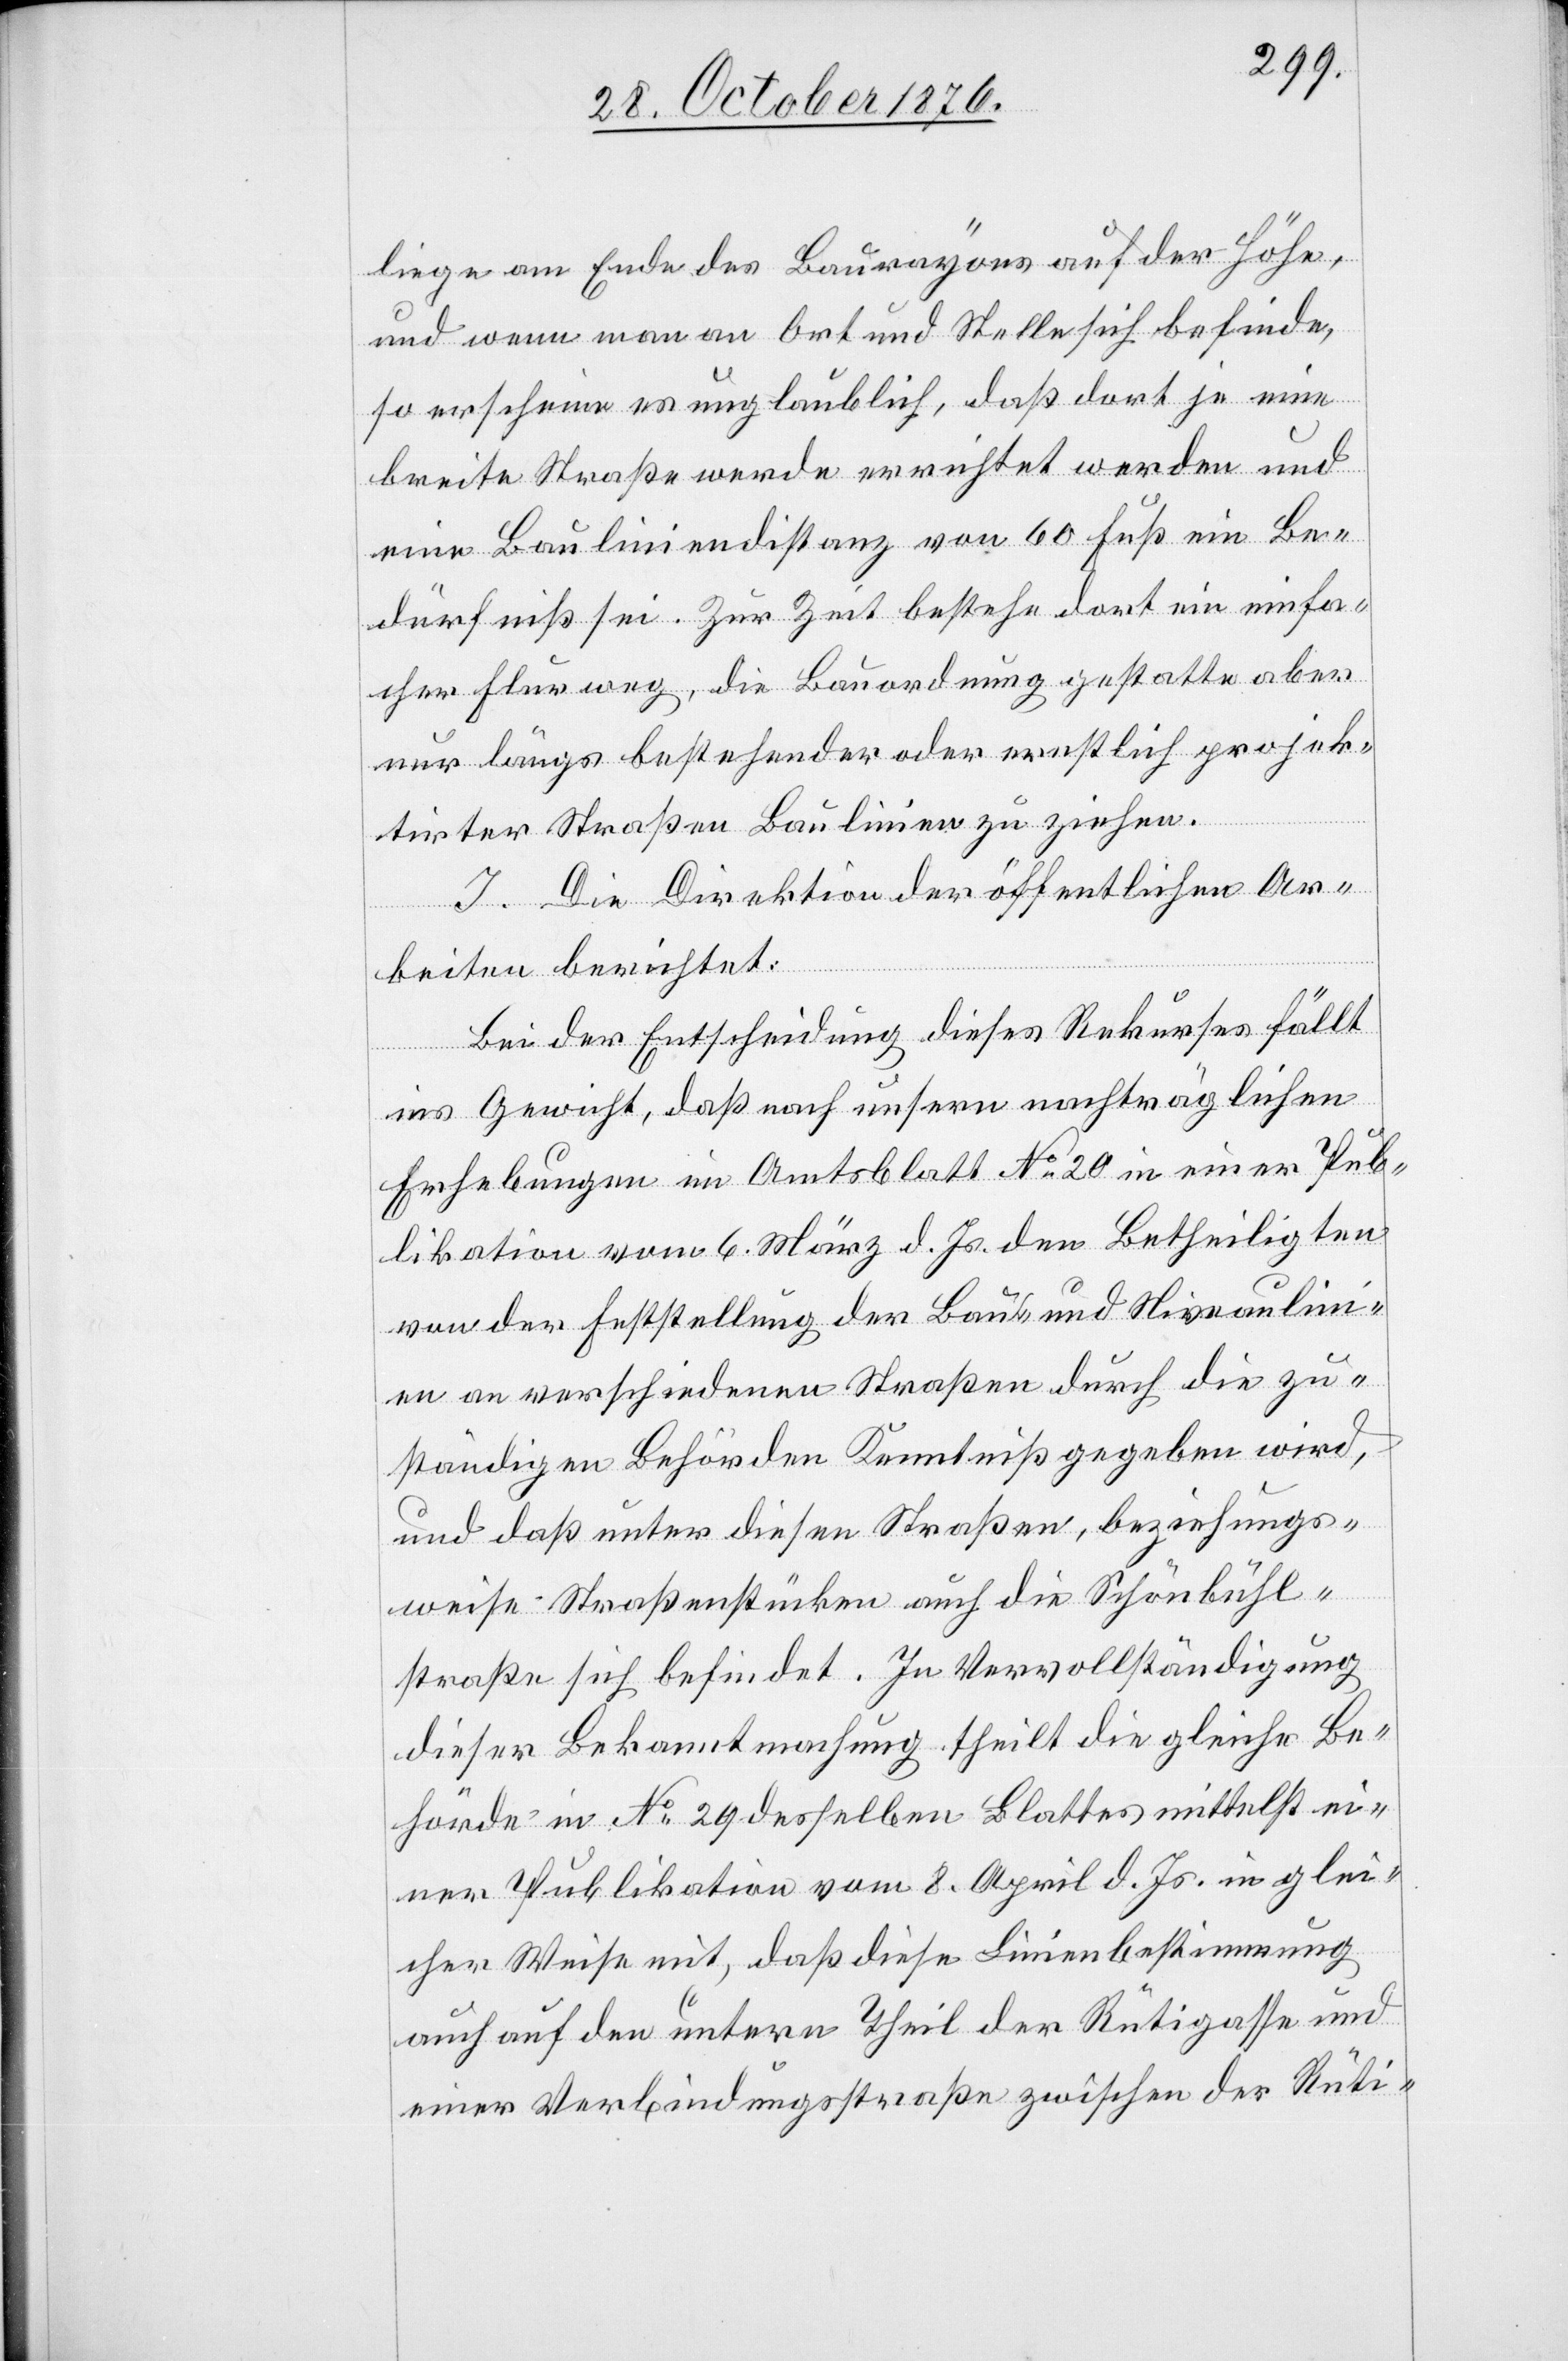
liege am Ende des Baurayons auf der Höhe,
und wenn man an Ort und Stelle sich befinde,
so erscheine es unglaublich, daß dort je eine
breite Straße werde errichtet werden und
eine Bauliniendistanz von 60 Fuß ein Be¬
dürfniß sei. Zur Zeit bestehe dort ein einfa¬
cher Flurweg, die Bauordnung gestatte aber
nur längs bestehender oder ernstlich projek¬
tirter Straßen Baulinien zu ziehen.
I. Die Direktion der öffentlichen Ar¬
beiten berichtet:
Bei der Entscheidung dieses Rekurses fällt
ins Gewicht, daß nach unsern nachträglichen
Erhebungen im Amtsblatt No 20 in einer Pub¬
likation vom 6. März d. Js. den Betheiligten
von der Feststellung der Bau- und Niveaulini¬
en an verschiedenen Straßen durch die zu¬
ständigen Behörden Kenntniß gegeben wird,
und daß unter diesen Straßen, beziehungs¬
weise Straßenstücken auch die Schönbühl¬
straße sich befindet. In Vervollständigung
dieser Bekanntmachung theilt die gleiche Be¬
hörde in No 29 desselben Blattes mittelst ei¬
ner Publikation vom 8. April d. Js. in glei¬
cher Weise mit, daß diese Linienbestimmung
auch auf den untern Theil der Rütigasse und
einer Verbindungsstraße zwischen der Rüti-